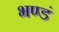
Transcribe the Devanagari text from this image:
भण्डं